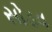
સોડવ